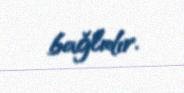
bağlıdır.